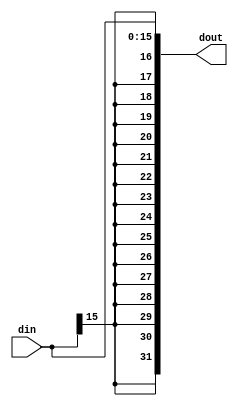
module ext #(parameter W = 16) (din, dout);
	input	[W-1:0]	din; 
	output	[31:0]	dout;
	
	assign dout = {{32-W{din[W-1]}}, din};
endmodule